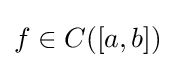
f\in C([a,b])